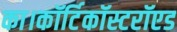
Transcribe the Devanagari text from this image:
का।कॉर्टिकॉस्टरॉएड